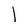
Character: l